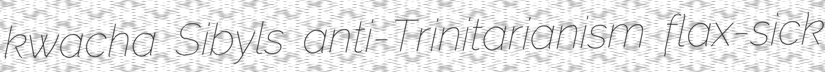
kwacha Sibyls anti-Trinitarianism flax-sick